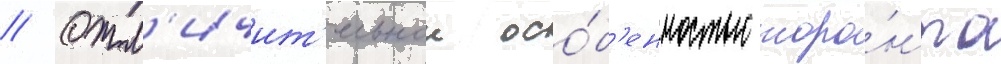
// Отл'ичит'ельнои осо́б'енностью торо́нто